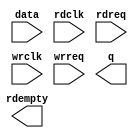
// megafunction wizard: %FIFO%VBB%
// GENERATION: STANDARD
// VERSION: WM1.0
// MODULE: dcfifo 

// ============================================================
// Megafunction Name(s):
// 			dcfifo
//
// Simulation Library Files(s):
// 			altera_mf
// ============================================================
// ************************************************************
// THIS IS A WIZARD-GENERATED FILE. DO NOT EDIT THIS FILE!
//
// 8.0 Build 231 07/10/2008 SP 1 SJ Full Version
// ************************************************************

//Copyright (C) 1991-2008 Altera Corporation
//Your use of Altera Corporation's design tools, logic functions 
//and other software and tools, and its AMPP partner logic 
//functions, and any output files from any of the foregoing 
//(including device programming or simulation files), and any 
//associated documentation or information are expressly subject 
//to the terms and conditions of the Altera Program License 
//Subscription Agreement, Altera MegaCore Function License 
//Agreement, or other applicable license agreement, including, 
//without limitation, that your use is for the sole purpose of 
//programming logic devices manufactured by Altera and sold by 
//Altera or its authorized distributors.  Please refer to the 
//applicable agreement for further details.

module adFIFO (
	data,
	rdclk,
	rdreq,
	wrclk,
	wrreq,
	q,
	rdempty);

	input	[31:0]  data;
	input	  rdclk;
	input	  rdreq;
	input	  wrclk;
	input	  wrreq;
	output	[31:0]  q;
	output	  rdempty;

endmodule

// ============================================================
// CNX file retrieval info
// ============================================================
// Retrieval info: PRIVATE: AlmostEmpty NUMERIC "0"
// Retrieval info: PRIVATE: AlmostEmptyThr NUMERIC "-1"
// Retrieval info: PRIVATE: AlmostFull NUMERIC "0"
// Retrieval info: PRIVATE: AlmostFullThr NUMERIC "-1"
// Retrieval info: PRIVATE: CLOCKS_ARE_SYNCHRONIZED NUMERIC "0"
// Retrieval info: PRIVATE: Clock NUMERIC "4"
// Retrieval info: PRIVATE: Depth NUMERIC "2048"
// Retrieval info: PRIVATE: Empty NUMERIC "1"
// Retrieval info: PRIVATE: Full NUMERIC "1"
// Retrieval info: PRIVATE: INTENDED_DEVICE_FAMILY STRING "Stratix II"
// Retrieval info: PRIVATE: LE_BasedFIFO NUMERIC "0"
// Retrieval info: PRIVATE: LegacyRREQ NUMERIC "1"
// Retrieval info: PRIVATE: MAX_DEPTH_BY_9 NUMERIC "0"
// Retrieval info: PRIVATE: OVERFLOW_CHECKING NUMERIC "0"
// Retrieval info: PRIVATE: Optimize NUMERIC "1"
// Retrieval info: PRIVATE: RAM_BLOCK_TYPE NUMERIC "2"
// Retrieval info: PRIVATE: SYNTH_WRAPPER_GEN_POSTFIX STRING "0"
// Retrieval info: PRIVATE: UNDERFLOW_CHECKING NUMERIC "0"
// Retrieval info: PRIVATE: UsedW NUMERIC "1"
// Retrieval info: PRIVATE: Width NUMERIC "32"
// Retrieval info: PRIVATE: dc_aclr NUMERIC "0"
// Retrieval info: PRIVATE: diff_widths NUMERIC "0"
// Retrieval info: PRIVATE: msb_usedw NUMERIC "0"
// Retrieval info: PRIVATE: output_width NUMERIC "32"
// Retrieval info: PRIVATE: rsEmpty NUMERIC "1"
// Retrieval info: PRIVATE: rsFull NUMERIC "0"
// Retrieval info: PRIVATE: rsUsedW NUMERIC "0"
// Retrieval info: PRIVATE: sc_aclr NUMERIC "0"
// Retrieval info: PRIVATE: sc_sclr NUMERIC "0"
// Retrieval info: PRIVATE: wsEmpty NUMERIC "0"
// Retrieval info: PRIVATE: wsFull NUMERIC "0"
// Retrieval info: PRIVATE: wsUsedW NUMERIC "0"
// Retrieval info: CONSTANT: INTENDED_DEVICE_FAMILY STRING "Stratix II"
// Retrieval info: CONSTANT: LPM_HINT STRING "MAXIMIZE_SPEED=7,RAM_BLOCK_TYPE=M4K"
// Retrieval info: CONSTANT: LPM_NUMWORDS NUMERIC "2048"
// Retrieval info: CONSTANT: LPM_SHOWAHEAD STRING "OFF"
// Retrieval info: CONSTANT: LPM_TYPE STRING "dcfifo"
// Retrieval info: CONSTANT: LPM_WIDTH NUMERIC "32"
// Retrieval info: CONSTANT: LPM_WIDTHU NUMERIC "11"
// Retrieval info: CONSTANT: OVERFLOW_CHECKING STRING "ON"
// Retrieval info: CONSTANT: RDSYNC_DELAYPIPE NUMERIC "5"
// Retrieval info: CONSTANT: UNDERFLOW_CHECKING STRING "ON"
// Retrieval info: CONSTANT: USE_EAB STRING "ON"
// Retrieval info: CONSTANT: WRSYNC_DELAYPIPE NUMERIC "5"
// Retrieval info: USED_PORT: data 0 0 32 0 INPUT NODEFVAL data[31..0]
// Retrieval info: USED_PORT: q 0 0 32 0 OUTPUT NODEFVAL q[31..0]
// Retrieval info: USED_PORT: rdclk 0 0 0 0 INPUT NODEFVAL rdclk
// Retrieval info: USED_PORT: rdempty 0 0 0 0 OUTPUT NODEFVAL rdempty
// Retrieval info: USED_PORT: rdreq 0 0 0 0 INPUT NODEFVAL rdreq
// Retrieval info: USED_PORT: wrclk 0 0 0 0 INPUT NODEFVAL wrclk
// Retrieval info: USED_PORT: wrreq 0 0 0 0 INPUT NODEFVAL wrreq
// Retrieval info: CONNECT: @data 0 0 32 0 data 0 0 32 0
// Retrieval info: CONNECT: q 0 0 32 0 @q 0 0 32 0
// Retrieval info: CONNECT: @wrreq 0 0 0 0 wrreq 0 0 0 0
// Retrieval info: CONNECT: @rdreq 0 0 0 0 rdreq 0 0 0 0
// Retrieval info: CONNECT: @rdclk 0 0 0 0 rdclk 0 0 0 0
// Retrieval info: CONNECT: @wrclk 0 0 0 0 wrclk 0 0 0 0
// Retrieval info: CONNECT: rdempty 0 0 0 0 @rdempty 0 0 0 0
// Retrieval info: LIBRARY: altera_mf altera_mf.altera_mf_components.all
// Retrieval info: GEN_FILE: TYPE_NORMAL adFIFO.v TRUE
// Retrieval info: GEN_FILE: TYPE_NORMAL adFIFO.inc FALSE
// Retrieval info: GEN_FILE: TYPE_NORMAL adFIFO.cmp FALSE
// Retrieval info: GEN_FILE: TYPE_NORMAL adFIFO.bsf TRUE
// Retrieval info: GEN_FILE: TYPE_NORMAL adFIFO_inst.v FALSE
// Retrieval info: GEN_FILE: TYPE_NORMAL adFIFO_bb.v TRUE
// Retrieval info: GEN_FILE: TYPE_NORMAL adFIFO_waveforms.html TRUE
// Retrieval info: GEN_FILE: TYPE_NORMAL adFIFO_wave*.jpg FALSE
// Retrieval info: LIB_FILE: altera_mf